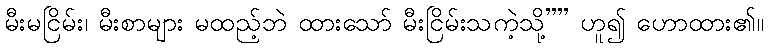
မီးမငြိမ်း၊ မီးစာများ မထည့်ဘဲ ထားသော် မီးငြိမ်းသကဲ့သို့”” ဟူ၍ ဟောထား၏။